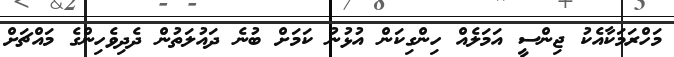
މަހްރަމަކާއެކު ޖިންސީ އަމަލެއް ހިންގިކަން އުޅުނު ކަމަށް ބުނެ ދައުލަތުން ދެދިވެހިންގެ މައްޗަށް